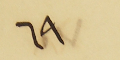
٦٩